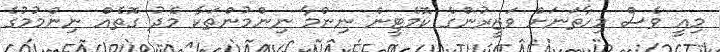
މިއީ ވެސް މިހާތަނަށް ވަޒީރުންގެ ކޮމެޓީން ނިންމާ ނިންމުންތަކާ މެދު ގޮތެއް ނިންމުމުގެ